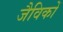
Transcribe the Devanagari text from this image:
जैविकों